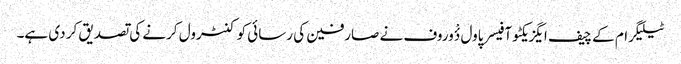
ٹیلیگرام کے چیف ایگزیکٹو آفیسر پاول دٴْوروف نے صارفین کی رسائی کو کنٹرول کرنے کی تصدیق کر دی ہے۔